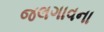
જલગાવના